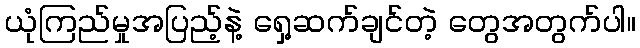
ယုံကြည်မှုအပြည့်နဲ့ ရှေ့ဆက်ချင်တဲ့ တွေအတွက်ပါ။